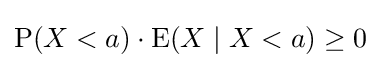
\operatorname {P} (X<a)\cdot \operatorname {E} (X\mid X<a)\geq 0